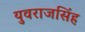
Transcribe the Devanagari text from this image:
युवराजसिंह